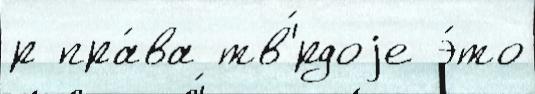
р пра́ва тв'́рдоjе э́то